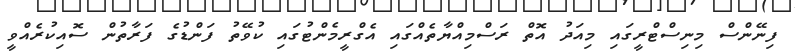
ފިނޭންސް މިނިސްޓްރީގައި މިއަދު އޮތް ރަސްމިއްޔާތެއްގައި އެގްރީމެންޓުގައި ކުވޭތު ފަންޑުގެ ފަރާތުން ސޮއިކުރެއްވީ